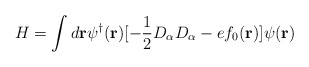
\begin{align*}H=\int d{\bf r}\psi^\dagger ({\bf r})[-\frac {1}{2}D_\alpha D_\alpha -ef_0({\bf r})]\psi ({\bf r})\end{align*}